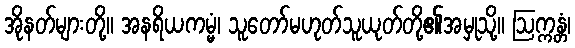
အိုနတ်များတို့။ အနရိယကမ္မံ၊ သူတော်မဟုတ်သူယုတ်တို့၏အမှုသို့။ ဩက္ကန္တံ၊